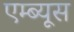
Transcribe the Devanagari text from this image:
एम्ब्यूस